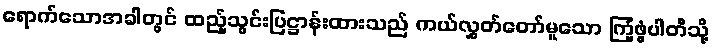
ရောက်သောအခါတွင် ထည့်သွင်းပြဋ္ဌာန်းထားသည် ကယ်လွှတ်တော်မူသော ကြံ့ဖွံ့ပါတီသို့